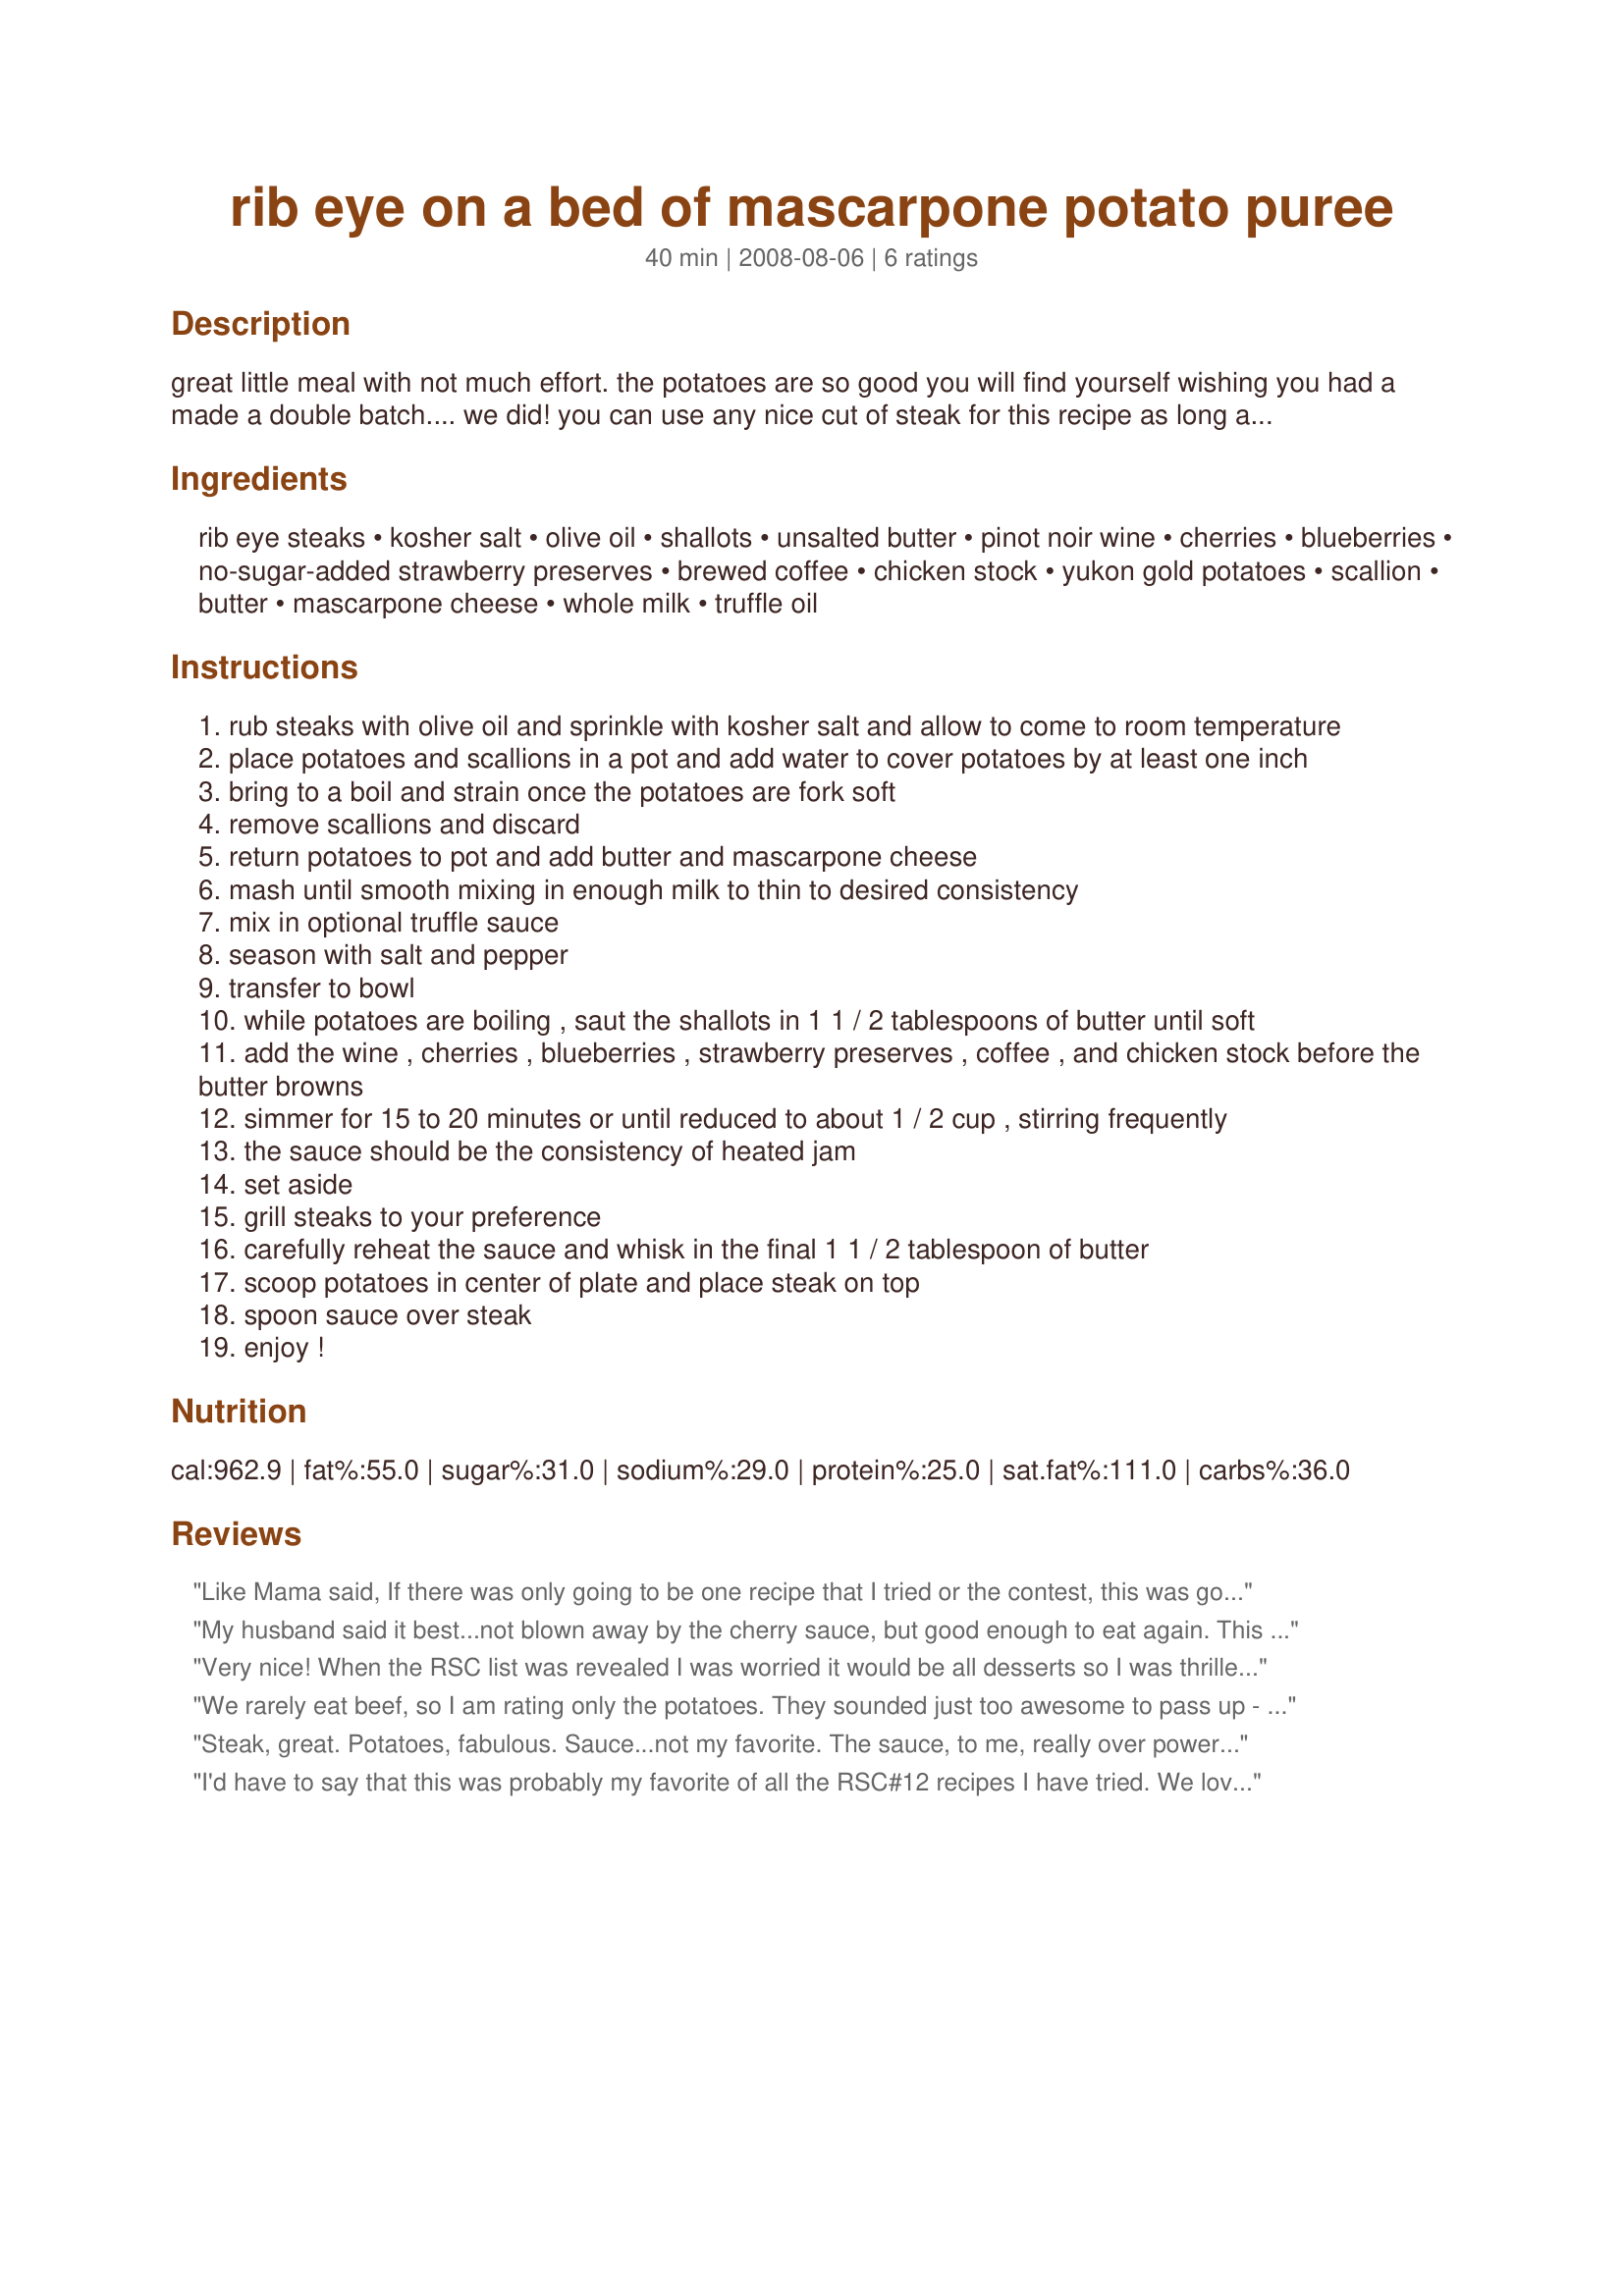
rib eye on a bed of mascarpone potato puree
Preparation time: 40 minutes

great little meal with not much effort. the potatoes are so good you will find yourself wishing you had a made a double batch.... we did! you can use any nice cut of steak for this recipe as long as the cut does not benefit from marinating it should work. serve with a vegetable and a chilled side salad for a great little dinner. created for rsc #12.

Ingredients:
rib eye steaks, kosher salt, olive oil, shallots, unsalted butter, pinot noir wine, cherries, blueberries, no-sugar-added strawberry preserves, brewed coffee, chicken stock, yukon gold potatoes, scallion, butter, mascarpone cheese, whole milk, truffle oil

Steps:
rub steaks with olive oil and sprinkle with kosher salt and allow to come to room temperature
place potatoes and scallions in a pot and add water to cover potatoes by at least one inch
bring to a boil and strain once the potatoes are fork soft
remove scallions and discard
return potatoes to pot and add butter and mascarpone cheese
mash until smooth mixing in enough milk to thin to desired consistency
mix in optional truffle sauce
season with salt and pepper
transfer to bowl
while potatoes are boiling , saut the shallots in 1 1 / 2 tablespoons of butter until soft
add the wine , cherries , blueberries , strawberry preserves , coffee , and chicken stock before the butter browns
simmer for 15 to 20 minutes or until reduced to about 1 / 2 cup , stirring frequently
the sauce should be the consistency of heated jam
set aside
grill steaks to your preference
carefully reheat the sauce and whisk in the final 1 1 / 2 tablespoon of butter
scoop potatoes in center of plate and place steak on top
spoon sauce over steak
enjoy !

Reviews:
Like Mama said, If there was only going to be one recipe that I tried or the contest, this was going to be it. I made it the first week for my hubby and myself for our romantic dinner without the kids. The thing that held me back from being in love with the sauce was probably the coffee. (an otherwise lovely blending of flavors) However, that was what my husband loved in the sauce. He gave it five stars and he delivers that rating so infrequently that I felt obligated to go with his rating over my four star. I can't help but wonder if the preserves was a necessary part of the recipe. That felt a little forced in but to make a savory dish for this contest, I think you would be hard pressed to avoid that. This was creative without being weird. It's a meal we would make again, no problem. The mashed potatoes were divine and went very well with the steak. All of the ingredient amounts and directions were spot on for preparation. Whoever you are, I'd sure like to see you choosing the contest's next set of ingredients!
My husband said it best...not blown away by the cherry sauce, but good enough to eat again. This would have been a 4 star if it wasn't such a hassle to cut those cherries. Also, it took about twice as long as stated for the sauce to reduce(about 40 minutes). The potatos were awesome and I will be making those again very soon.
Very nice! When the RSC list was revealed I was worried it would be all desserts so I was thrilled when I found a few main dish recipes among all the sweets. This dish did not disappoint in the flavor department. The sauce really made this meal and married fantastically with the grilled steak. I do not eat red meat but made the steak for dh who loved it as well. I used my portion of the sauce to top a grilled chicken breast and I thought it was terrific. The potatoes are of course a no brainer with steak but to add the mascarpone was new for us and a fantastic addition. I will definitely be making them that way again. Maybe next time with some garlic? mmmm The sauce was fast and easy- of course I used frozen cherries as the fresh were past their peak. That little bit of help made the sauce go even faster. Reduced perfectly in the time specified. This whole recipe looked time consuming and maybe difficult because of all the ingredients yet went remarkable quickly and easily.I only had time to submit one recipe and was required to make one, so I perused all of them and chose this one as "if I only have time to make one recipe this is the one!' recipe to make. Glad that I did. Best of luck chef!
We rarely eat beef, so I am rating only the potatoes. They sounded just too awesome to pass up - and they were - and I don't give out 5 stars that easily! I would rename them truffle mashed potatoes instead of mascarpone potatoes though, since you could not specifically taste the mascarpone, but could really taste the truffle oil. They were so delicious and very addicting. I used only one tablespoon of Smart Balance and nonfat milk in these. The amount of potatoes served at least 4. Highly recommended!
Steak, great. Potatoes, fabulous. Sauce...not my favorite. The sauce, to me, really over powered the meat and potatoes. Good luck :)
I'd have to say that this was probably my favorite of all the RSC#12 recipes I have tried. We love steak so this was definitely one that I had to make. The sauce was delicious. Now the potatoes - they are to die for! This is a great all-around meal and one I will definitely be making again. Good luck in the contest!
